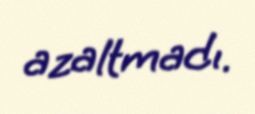
azaltmadı.